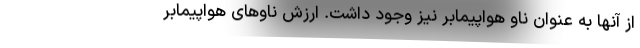
از آنها به عنوان ناو هواپیمابر نیز وجود داشت. ارزش ناوهای هواپیمابر